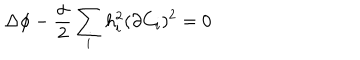
\Delta \phi - \frac { \alpha } { 2 } \sum _ { i } h _ { i } ^ { 2 } ( \partial C _ { i } ) ^ { 2 } = 0